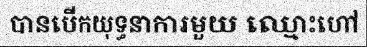
បានបើកយុទ្ធនាការមួយ ឈ្មោះហៅ